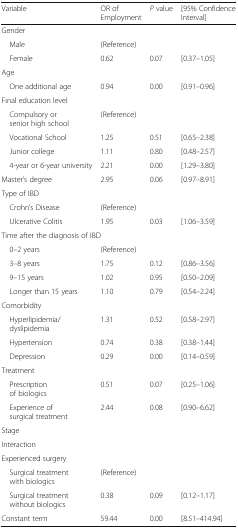
<table><thead><tr><td><b>Variable</b></td><td><b>OR of Employment</b></td><td><b><i>P</i> value</b></td><td><b>[95% Confidence Interval]</b></td></tr></thead><tbody><tr><td>Gender</td><td></td><td></td><td></td></tr><tr><td> Male</td><td>(Reference)</td><td></td><td></td></tr><tr><td> Female</td><td>0.62</td><td>0.07</td><td>[0.37–1.05]</td></tr><tr><td colspan="4">Age</td></tr><tr><td> One additional age</td><td>0.94</td><td>0.00</td><td>[0.91–0.96]</td></tr><tr><td colspan="4">Final education level</td></tr><tr><td> Compulsory or senior high school</td><td>(Reference)</td><td></td><td></td></tr><tr><td> Vocational School</td><td>1.25</td><td>0.51</td><td>[0.65–2.38]</td></tr><tr><td> Junior college</td><td>1.11</td><td>0.80</td><td>[0.48–2.57]</td></tr><tr><td> 4-year or 6-year university</td><td>2.21</td><td>0.00</td><td>[1.29–3.80]</td></tr><tr><td>Master’s degree</td><td>2.95</td><td>0.06</td><td>[0.97–8.91]</td></tr><tr><td colspan="4">Type of IBD</td></tr><tr><td> Crohn’s Disease</td><td>(Reference)</td><td></td><td></td></tr><tr><td> Ulcerative Colitis</td><td>1.95</td><td>0.03</td><td>[1.06–3.59]</td></tr><tr><td colspan="4">Time after the diagnosis of IBD</td></tr><tr><td> 0–2 years</td><td>(Reference)</td><td></td><td></td></tr><tr><td> 3–8 years</td><td>1.75</td><td>0.12</td><td>[0.86–3.56]</td></tr><tr><td> 9–15 years</td><td>1.02</td><td>0.95</td><td>[0.50–2.09]</td></tr><tr><td> Longer than 15 years</td><td>1.10</td><td>0.79</td><td>[0.54–2.24]</td></tr><tr><td colspan="4">Comorbidity</td></tr><tr><td> Hyperlipidemia/dyslipidemia</td><td>1.31</td><td>0.52</td><td>[0.58–2.97]</td></tr><tr><td> Hypertension</td><td>0.74</td><td>0.38</td><td>[0.38–1.44]</td></tr><tr><td> Depression</td><td>0.29</td><td>0.00</td><td>[0.14–0.59]</td></tr><tr><td colspan="4">Treatment</td></tr><tr><td> Prescription of biologics</td><td>0.51</td><td>0.07</td><td>[0.25–1.06]</td></tr><tr><td> Experience of surgical treatment</td><td>2.44</td><td>0.08</td><td>[0.90–6.62]</td></tr><tr><td colspan="4">Stage</td></tr><tr><td colspan="4">Interaction</td></tr><tr><td colspan="4">Experienced surgery</td></tr><tr><td> Surgical treatment with biologics</td><td>(Reference)</td><td></td><td></td></tr><tr><td> Surgical treatment without biologics</td><td>0.38</td><td>0.09</td><td>[0.12–1.17]</td></tr><tr><td>Constant term</td><td>59.44</td><td>0.00</td><td>[8.51–414.94]</td></tr></tbody></table>